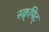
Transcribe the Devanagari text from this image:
स्क्र्पिट्